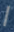
ا